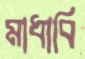
মাধাবি